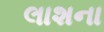
લાશના